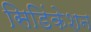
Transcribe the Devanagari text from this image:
सिडिंकेशन